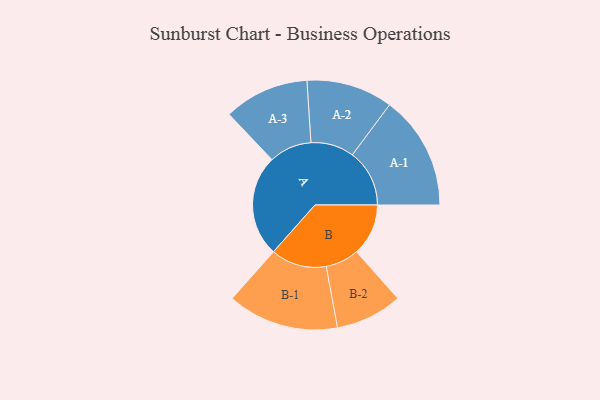
{"axis": {"x": "Segment", "y": "Value"}, "legend": ["", "A", "B"], "data": [{"x": "A", "y": 496, "type": ""}, {"x": "B", "y": 253, "type": ""}, {"x": "A-1", "y": 279, "type": "A"}, {"x": "A-2", "y": 211, "type": "A"}, {"x": "A-3", "y": 208, "type": "A"}, {"x": "B-1", "y": 272, "type": "B"}, {"x": "B-2", "y": 163, "type": "B"}]}